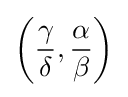
\left({\frac {\gamma }{\delta }},{\frac {\alpha }{\beta }}\right)